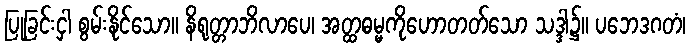
ပြုခြင်းငှါ စွမ်းနိုင်သော။ နိရုတ္တာဘိလာပေ၊ အတ္ထဓမ္မကိုဟောတတ်သော သဒ္ဒါ၌။ ပဘေဒဂတံ၊